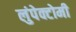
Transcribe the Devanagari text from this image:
लुंपेक्टोमी